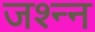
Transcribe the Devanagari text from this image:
जश्न्न